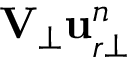
\mathbf { V } _ { \bot } \ensuremath { \mathbf { u } } _ { r \bot } ^ { n }